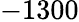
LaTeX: -1300